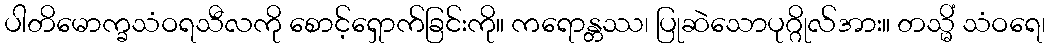
ပါတိမောက္ခသံဝရသီလကို စောင့်ရှောက်ခြင်းကို။ ကရောန္တဿ၊ ပြုဆဲသောပုဂ္ဂိုလ်အား။ တသ္မိံ သံဝရေ၊